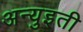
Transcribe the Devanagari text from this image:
अन्युइती